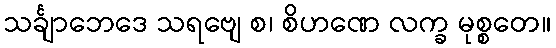
သင်္ချာဘေဒေ သရဗျေ စ၊ စိဟဏေ လက္ခ မုစ္စတေ။